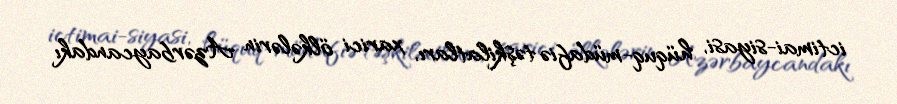
ictimai-siyasi, hüquq-müdafiə təşkilatları, xarici ölkələrin Azərbaycandakı